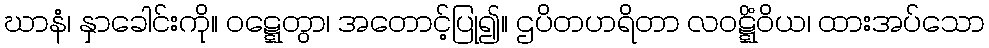
ဃာနံ၊ နှာခေါင်းကို။ ဝဋ္ဋေတွာ၊ အတောင့်ပြု၍။ ဌပိတဟရိတာ လဝဋ္ဋိံဝိယ၊ ထားအပ်သော